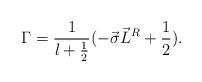
LaTeX: \begin{align*}{\Gamma}=\frac{1}{l+\frac{1}{2}}(-\vec{\sigma}\vec{L}^R+\frac{1}{2}).\end{align*}